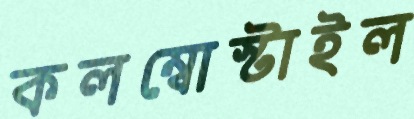
কলম্বোস্টাইল